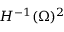
H ^ { - 1 } ( \Omega ) ^ { 2 }